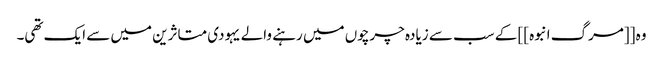
وہ [[مرگ انبوہ]] کے سب سے زیادہ چرچوں میں رہنے والے یہودی متاثرین میں سے ایک تھی۔